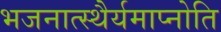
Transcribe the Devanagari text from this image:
भजनात्स्थैर्यमाप्नोति